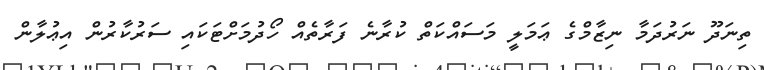
ތިނަދޫ ނަރުދަމާ ނިޒާމްގެ ޢަމަލީ މަސައްކަތް ކުރާނެ ފަރާތެއް ހޯދުމަށްޓަކައި ސަރުކާރުން އިޢުލާން